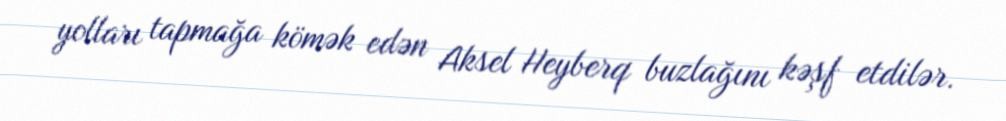
yolları tapmağa kömək edən Aksel Heyberq buzlağını kəşf etdilər.